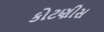
કોટણીસ